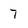
Character: 7